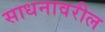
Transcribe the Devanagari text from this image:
साधनावरील